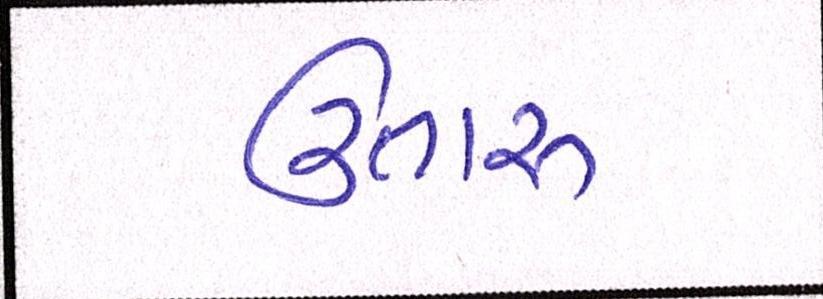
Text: ઉતારુ